Annual report of the Punjab Veterinary College and of the Civil Veterinary Department, Punjab - 1909-1919
Year: 1909
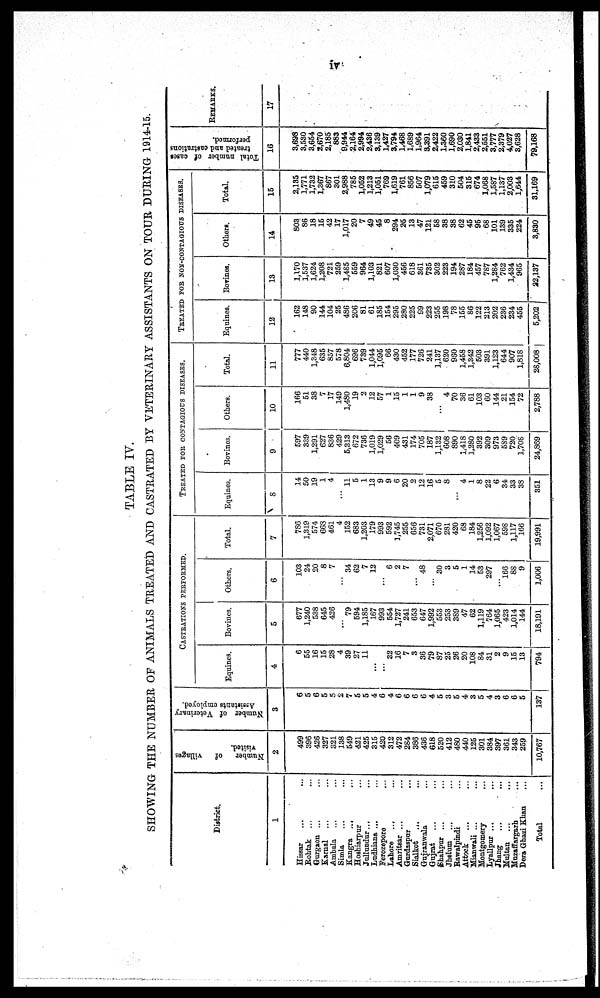
iv
TABLE IV.
SHOWING THE NUMBER OF ANIMALS TREATED AND CASTRATED BY VETERINARY ASSISTANTS ON TOUR DURING 1914-15.
District.
1
Hissar ... ...
Rohtak ... ...
Gurgaon ... ...
Karnal ... ...
Ambala ... ...
Simla
Kangra ... ...
Hoshiarpur ...
Jullundur... ...
Ludhiana ... ...
Ferozepore ...
Lahore
... ...
Amritsar ... ...
Gurdaspur .. ....
Sialkot ... ...
Gujranwala ... ...
Gujrat ... ...
Shahpur ... ...
Jhelum ... ...
Rawalpindi ... ...
Attack ... ...
Mianwali ... ...
Montgomery
...
...
Lyallpur ... ...
Jhang ... ...
Multan ...
...
Muzaffargarh ...
Dera Ghazi Khan ...
Total ...
Number
of
villages
visited.
2
499
396
426
327
321
138
549
421
425
315
420
312
472
284
386
436
618
520
412
480
440
125
301
384
397
361
343
259
10,767
Number of Veterinary
Assistants employed.
3
6
5
6
5
5
2
7
5
5
4
6
4
6
6
6
6
4
5
3
5
4
3
5
4
3
6
6
5
137
CASTRATIONS PERFORMED.
Equines.
4
6
55
16
15
28
4
39
27
11
...
...
32
16
7
3
36
79
87
25
26
20
108
84
31
2
9
15
13
794
Bovines.
5
677
1,240
538
645
426
...
79
594
1,185
167
993
554
1,727
241
653
647
1,992
553
253
389
47
62
1,119
764
1,065
423
1,014
144
18,191
Others.
6
103
24
20
8
7
...
34
62
7
12
...
6
2
7
...
48
...
30
3
5
1
14
53
297
...
166
88
9
1,006
Total.
7
786
1,319
574
668
461
4
152
683
1,203
179
993
592
1,745
255
656
731
2,071
670
281
420
68
184
1,256
1,092
1,067
598
1,117
166
19,991
TREATED FOR CONTAGIOUS DISEASES.
Equines.
8
14
50
19
1
4
...
11
5
1
13
9
9
6
20
2
12
16
5
8
...
4
1
8
22
6
34
33
38
351
Bovines.
9
597
339
1,291
627
836
429
5,313
672
736
1,019
1,029
56
409
431
174
705
187
1,132
608
890
1,418
1,280
392
309
973
589
720
1,708
24,869
Others.
10
166
51
38
7
17
149
1,480
19
2
12
57
1
15
1
1
9
38
...
4
70
36
61
103
60
144
21
154
72
2,788
Total.
11
777
440
1,348
635
857
578
6,804
696
739
1,044
1,095
66
430
452
177
726
241
1,137
620
960
1,458
1,342
503
391
1,123
644
907
1,818
28,008
TREATED FOR NON-CONTAGIOUS DISEASES.
Equines.
12
162
148
90
144
104
25
486
206
81
61
185
154
295
280
225
99
223
255
198
78
155
86
122
213
202
236
234
455
5,202
Bovines.
13
1,170
1,537
1,624
1,208
721
259
1,485
559
964
1,103
821
607
1,030
456
618
361
735
302
223
194
287
184
457
787
1,284
762
1,434
965
22,137
Others.
14
803
86
18
15
42
17
1,017
20
7
49
45
8
294
25
13
47
121
58
38
38
62
45
95
68
101
139
335
224
3,830
Total.
15
2,135
1,771
1,732
1,367
867
301
2,988
785
1,052
1,213
1,051
769
1,619
761
856
507
1,079
615
459
310
504
315
674
1,068
1,587
1,137
2,003
1,644
31,169
Total number of cases
treated and castrations
performed.
16
3,698
3,530
3,654
2,670
2,185
883
9,944
2,164
2,994
2,436
3,139
1,427
3,794
1,468
1,689
1,964
3,391
2,422
1,360
1,690
2,030
1,841
2,433
2,551
3,777
2,379
4,027
3,628
79,168
REMARKS.
17